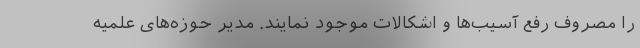
را مصروف رفع آسیب‌ها و ‌اشکالات موجود نمایند. مدیر حوزه‌های علمیه